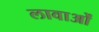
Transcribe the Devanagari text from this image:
लावाओं